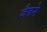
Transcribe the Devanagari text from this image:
जैतने